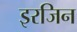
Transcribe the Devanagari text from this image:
इरजिन